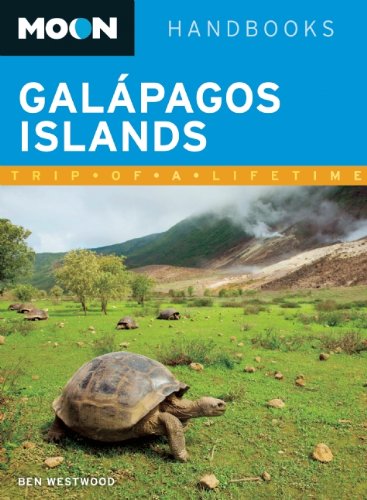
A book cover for Moon GalÃ¡pagos Islands (Moon Handbooks); Ben Westwood; Travel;